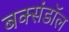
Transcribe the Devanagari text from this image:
बक्संडाॅल